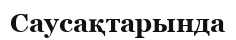
Саусақтарында